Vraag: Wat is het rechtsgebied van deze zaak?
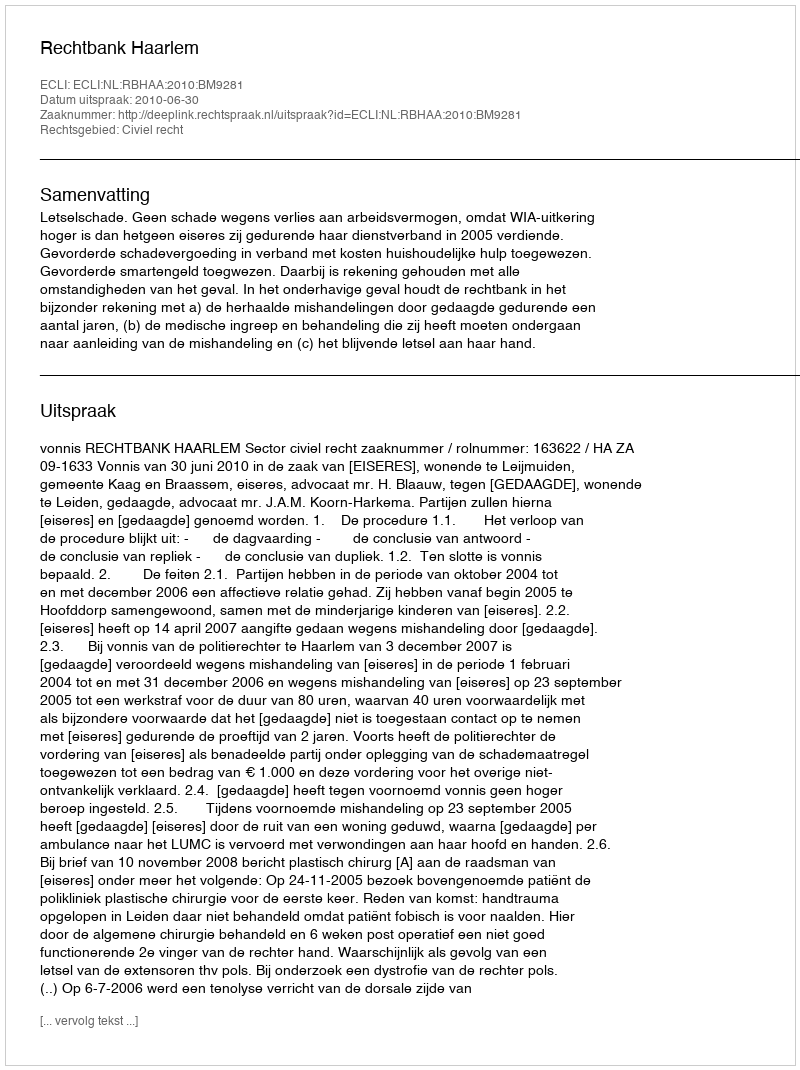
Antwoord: Civiel recht